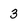
Character: 3